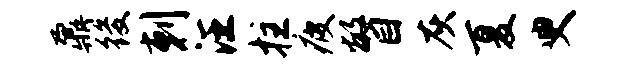
鼐後剌汪拄疲瞥灰夏臾